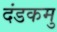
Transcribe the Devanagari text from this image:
दंडकमु